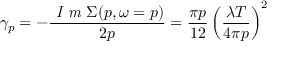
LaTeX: \gamma _ { p } = - \frac { \textit { I m } \Sigma ( p , \omega = p ) } { 2 p } = \frac { \pi p } { 1 2 } \left( \frac { \lambda T } { 4 \pi p } \right) ^ { 2 }